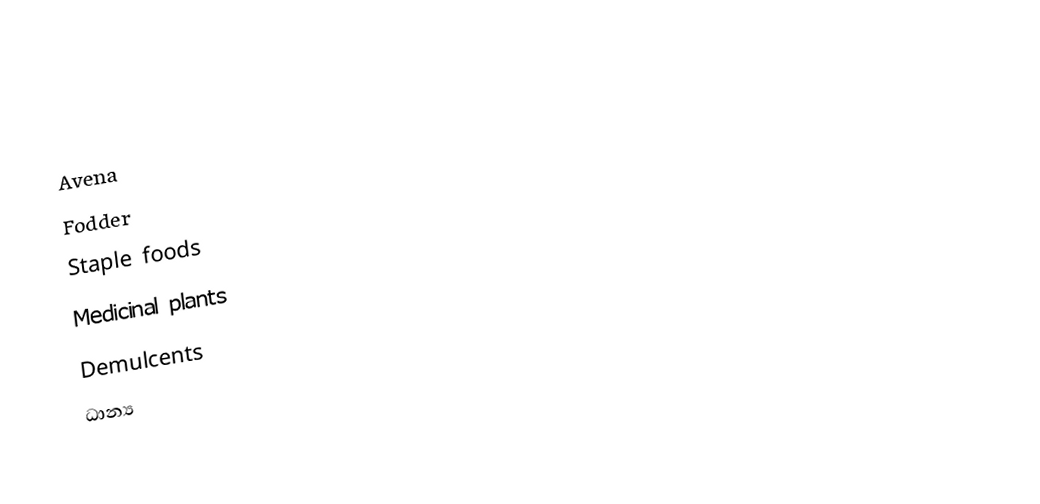
Avena
Fodder
Staple foods
Medicinal plants
Demulcents
ධාන්‍ය